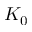
K _ { 0 }